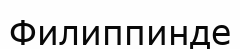
Филиппинде